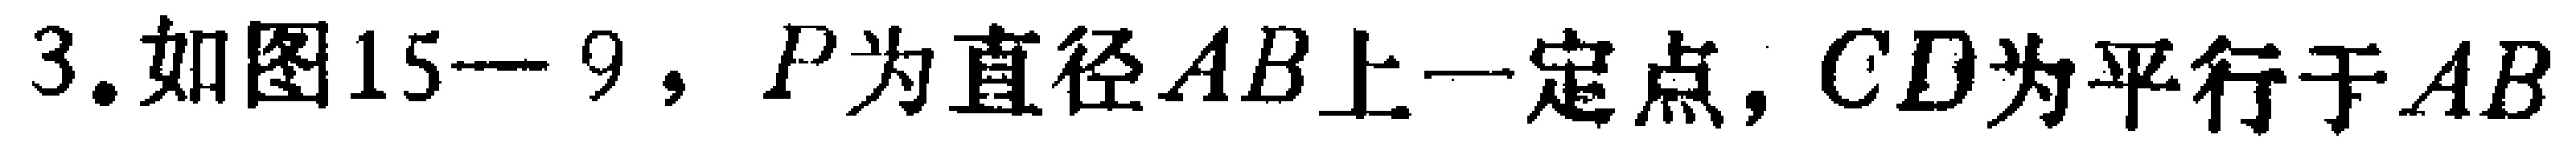
3.如图15—9，$P$为直径$AB$上一定点，$CD$为平行于$AB$